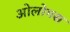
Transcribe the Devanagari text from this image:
ओलोगस